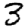
Digit: 3